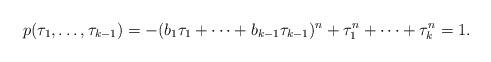
LaTeX: \begin{align*} p(\tau_1,\dots,\tau_{k-1}) = -( b_1 \tau_1+\dots + b_{k-1}\tau_{k-1}) ^ n + \tau_1^ n+ \dots+ \tau_k^ n=1. \end{align*}